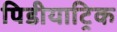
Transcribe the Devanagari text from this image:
पिडीयाट्रिक